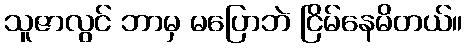
သူဇာလွင် ဘာမှ မပြောဘဲ ငြိမ်နေမိတယ်။